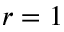
r = 1